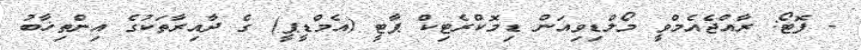
- ފޮޓޯ: ރާއްޖެއެމްވީ މޯލްޑިވިއަން ޑިމޮކްރެޓިކް ޕާޓީ (އެމްޑީޕީ) ގެ ދާއިރާތަކުގެ އިންތިޚާބު